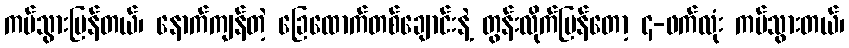
ကပ်သွားပြန်တယ်၊ နောက်ကျန်တဲ့ ခြေထောက်တစ်ချောင်းနဲ့ တွန်းလိုက်ပြန်တော့ ၄-ဖက်လုံး ကပ်သွားတယ်၊